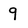
Character: q